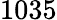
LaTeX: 1035